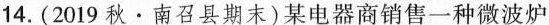
14.(2019秋·南召县期末)某电器商销售一种微波炉